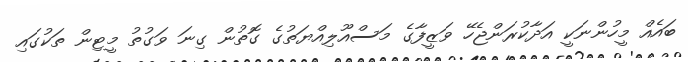
ބައެއް މީހުންނަކީ އަދާކުރަންޖެހޭ ވަޒީފާގެ މަސްއޫލިއްޔަތުގެ ގޮތުން ގިނަ ވަގުތު މީޓިން ތަކުގައި